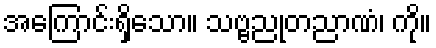
အကြောင်းရှိသော။ သဗ္ဗညုတညာဏံ၊ ကို။